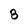
Character: 8